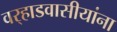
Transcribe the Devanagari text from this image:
वर्‍हाडवासीयांना